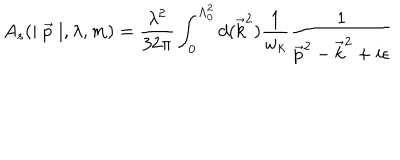
LaTeX: A _ { s } ( \mid \vec { p } \mid , \lambda , m ) = \frac { \lambda ^ { 2 } } { 3 2 \pi } \int _ { 0 } ^ { \Lambda _ { 0 } ^ { 2 } } d ( \vec { k } ^ { 2 } ) \frac 1 { w _ { k } } \frac 1 { \vec { p } ^ { 2 } - \vec { k } ^ { 2 } + i \epsilon }